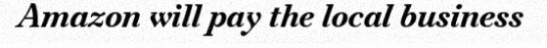
Amazon will pay the local business